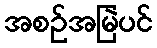
အစဉ်အမြဲပင်